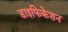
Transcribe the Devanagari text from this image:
डाइफिकेशन